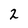
Character: 2